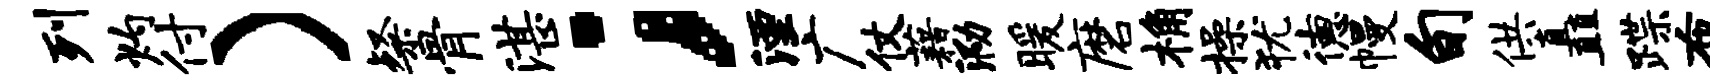
列灼付）粲骨湛；湮广仗藉泐暖磨桷操犹德幔旬供矗蹀布